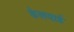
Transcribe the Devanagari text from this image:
केलयार्ड